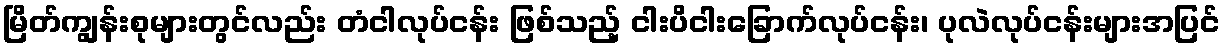
မြိတ်ကျွန်းစုများတွင်လည်း တံငါလုပ်ငန်း ဖြစ်သည့် ငါးပိငါးခြောက်လုပ်ငန်း၊ ပုလဲလုပ်ငန်းများအပြင်